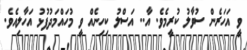
ވީ އަހަރެން ސުވާލު ކުރީމެވެ. އާ.. އަސްލު ކިހިނެއް ވީ މުހައްމަދުފުޅު އަހާލިއެވެ.